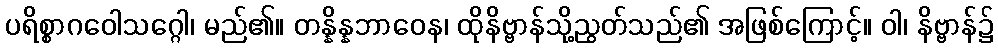
ပရိစ္စာဂဝေါသဂ္ဂေါ၊ မည်၏။ တန္နိန္နဘာဝေန၊ ထိုနိဗ္ဗာန်သို့ညွတ်သည်၏ အဖြစ်ကြောင့်။ ဝါ၊ နိဗ္ဗာန်၌